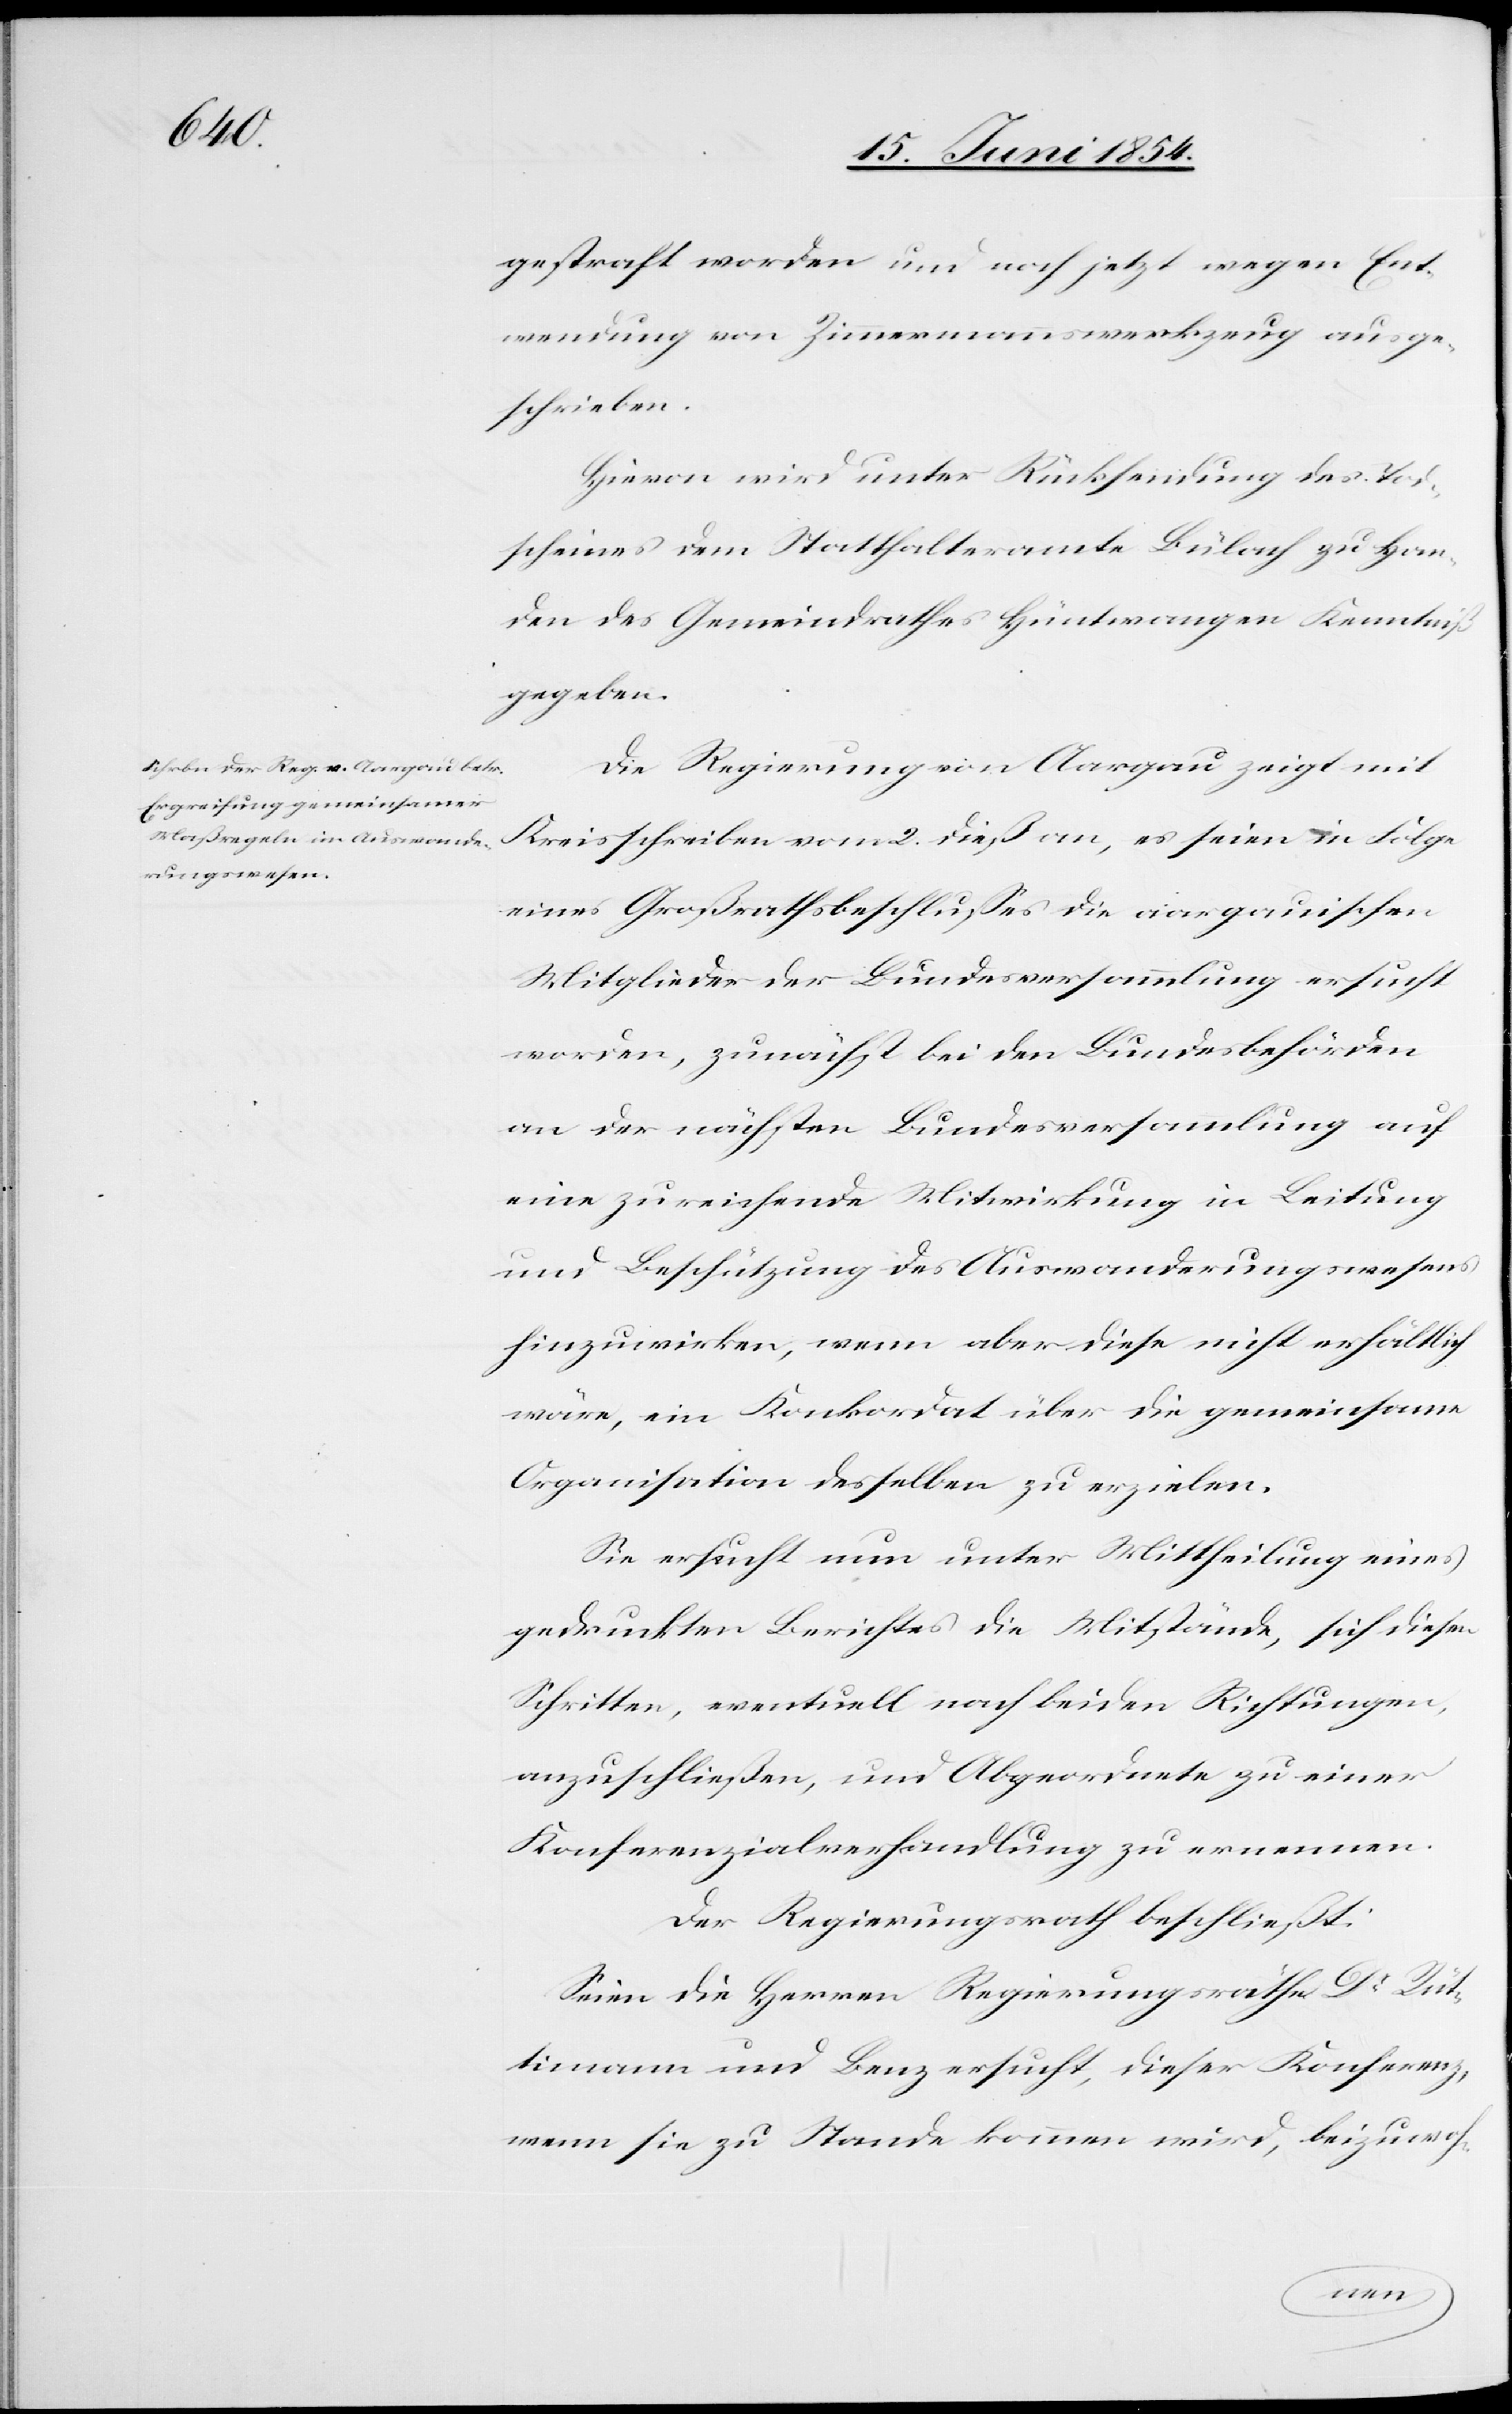
gestraft worden und noch jetzt wegen Ent¬
wendung von Zimmermannswerkzeug ausge¬
schrieben.
Hievon wird unter Rücksendung des Tod¬
scheines dem Statthalteramte Bülach zu Han¬
den des Gemeindrathes Hüntwangen Kenntniß
gegeben.
Die Regierung von Aargau zeigt mit
Kreisschreiben vom 2. dieß an, es seien in Folge
eines Großrathsbeschlußes die aargauischen
Mitglieder der Bundesversammlung ersucht
worden, zunächst bei den Bundesbehörden
an der nächsten Bundesversammlung auf
eine zureichende Mitwirkung in Leitung
und Beschützung des Auswanderungswesens
hinzuwirken, wenn aber diese nicht erhältlich
wäre, ein Konkordat über die gemeinsame
Organisation desselben zu erzielen.
Sie ersucht nun unter Mitteilung eines
gedruckten Berichtes die Mitstände, sich diesem
Schritte, eventuell nach beiden Richtungen,
anzuschließen, und Abgeordnete zu einer
Konferenzialverhandlung zu ernennen.
Der Regierungsrath beschließt:
Seien die Herren Regierungsräthe Dr Rüt¬
timann und Benz ersucht, dieser Konferenz,
wenn sie zu Stande kommen wird, beizu¬
woh-